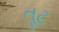
તૂટ